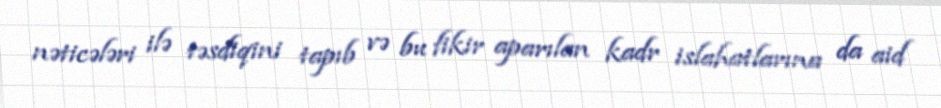
nəticələri ilə təsdiqini tapıb və bu fikir aparılan kadr islahatlarına da aid